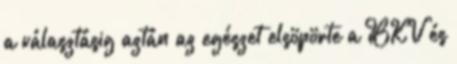
a választásig aztán az egészet elsöpörte a BKV és